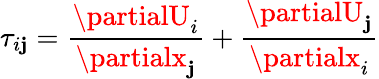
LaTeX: \tau_{i\mathbf{j}}=\frac{{\partialU_{i}}}{{\partialx_{\mathbf{j}}}}+\frac{{\partialU_{\mathbf{j}}}}{{\partialx_{i}}}